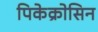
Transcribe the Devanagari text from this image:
पिकेक्रोसिन